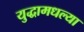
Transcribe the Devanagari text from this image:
युद्धामधल्या